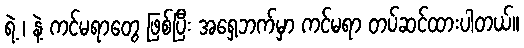
ရဲ့ ၊ နဲ့ ကင်မရာတွေ ဖြစ်ပြီး အရှေ့ဘက်မှာ ကင်မရာ တပ်ဆင်ထားပါတယ်။